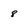
Character: 8